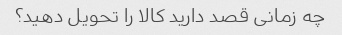
چه زمانی قصد دارید کالا را تحویل دهید؟